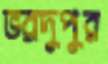
ভরদুপুর